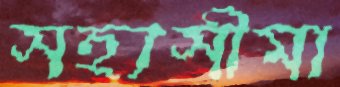
সহ্যসীমা